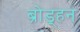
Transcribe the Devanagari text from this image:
ब्रोड्हन